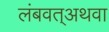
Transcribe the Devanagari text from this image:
लंबवत्अथवा